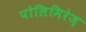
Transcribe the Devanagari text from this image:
पोलिमिरेज़